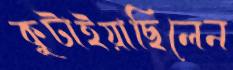
কুটাইয়াছিলেন